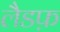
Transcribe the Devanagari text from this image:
लैडफ़